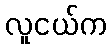
လူငယ်က